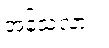
အန်သလား။